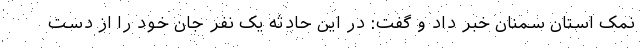
نمک استان سمنان خبر داد و گفت: در این حادثه یک نفر جان خود را از دست